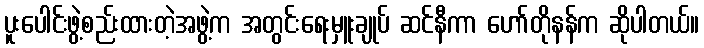
ပူးပေါင်းဖွဲ့စည်းထားတဲ့အဖွဲ့က အတွင်းရေးမှူးချုပ် ဆင်နီကာ ဟော်တိုနန်က ဆိုပါတယ်။